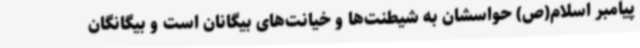
پیامبر اسلام(ص) حواسشان به شیطنت‌ها و خیانت‌های بیگانان است و بیگانگان